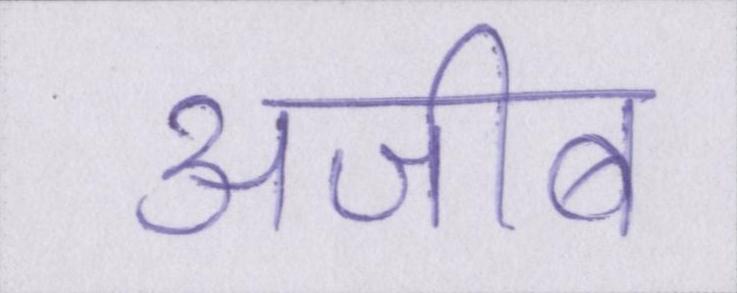
अजीब